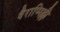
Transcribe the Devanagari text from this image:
वैराप्पिल्ली